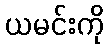
ယမင်းကို